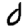
Digit: 0